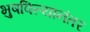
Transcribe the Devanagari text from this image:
भुषविल्यानंतर